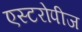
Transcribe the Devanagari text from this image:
एस्टरोपीज